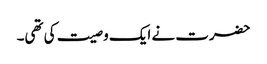
حضرت نے ایک وصیت کی تھی۔